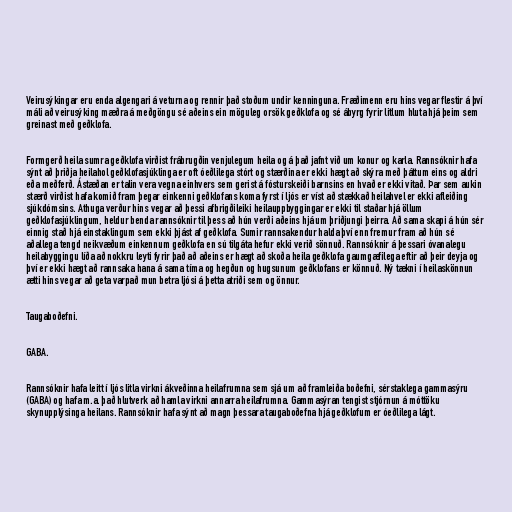
Veirusýkingar eru enda algengari á veturna og rennir það stoðum undir kenninguna. Fræðimenn eru hins vegar flestir á því
máli að veirusýking mæðra á meðgöngu sé aðeins ein möguleg orsök geðklofa og sé ábyrg fyrir litlum hluta hjá þeim sem
greinast með geðklofa.

Formgerð heila sumra geðklofa virðist frábrugðin venjulegum heila og á það jafnt við um konur og karla. Rannsóknir hafa
sýnt að þriðja heilahol geðklofasjúklinga er oft óeðlilega stórt og stærðina er ekki hægt að skýra með þáttum eins og aldri
eða meðferð. Ástæðan er talin vera vegna einhvers sem gerist á fósturskeiði barnsins en hvað er ekki vitað. Þar sem aukin
stærð virðist hafa komið fram þegar einkenni geðklofans koma fyrst í ljós er víst að stækkað heilahvel er ekki afleiðing
sjúkdómsins. Athuga verður hins vegar að þessi afbrigðileiki heilauppbyggingar er ekki til staðar hjá öllum
geðklofasjúklingum, heldur benda rannsóknir til þess að hún verði aðeins hjá um þriðjungi þeirra. Að sama skapi á hún sér
einnig stað hjá einstaklingum sem ekki þjást af geðklofa. Sumir rannsakendur halda því enn fremur fram að hún sé
aðallega tengd neikvæðum einkennum geðklofa en sú tilgáta hefur ekki verið sönnuð. Rannsóknir á þessari óvanalegu
heilabyggingu líða að nokkru leyti fyrir það að aðeins er hægt að skoða heila geðklofa gaumgæfilega eftir að þeir deyja og
því er ekki hægt að rannsaka hana á sama tíma og hegðun og hugsunum geðklofans er könnuð. Ný tækni í heilaskönnun
ætti hins vegar að geta varpað mun betra ljósi á þetta atriði sem og önnur.

Taugaboðefni.

GABA.

Rannsóknir hafa leitt í ljós litla virkni ákveðinna heilafrumna sem sjá um að framleiða boðefni, sérstaklega gammasýru
(GABA) og hafa m.a. það hlutverk að hamla virkni annarra heilafrumna. Gammasýran tengist stjórnun á móttöku
skynupplýsinga heilans. Rannsóknir hafa sýnt að magn þessara taugaboðefna hjá geðklofum er óeðlilega lágt.